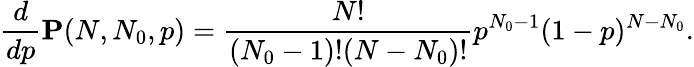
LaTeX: \frac{d}{dp}\mathbf{P}(N,N_{0},p)=\frac{N!}{(N_{0}-1)!(N-N_{0})!}p^{N_{0}-1}(1-p)^{N-N_{0}}.